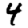
Digit: 4